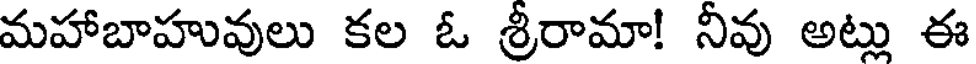
మహాబాహువులు కల ఓ శ్రీరామా! నీవు అట్లు ఈ